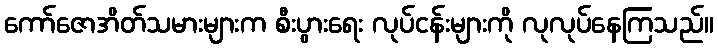
ကော်ဇောအိတ်သမားများက စီးပွားရေး လုပ်ငန်းများကို လုလုပ်နေကြသည်။